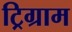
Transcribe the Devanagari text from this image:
ट्रिग्राम